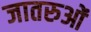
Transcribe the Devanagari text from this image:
जातरुओं